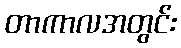
တာကာလအတွင်း